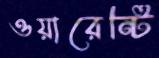
ওয়ারেন্টি